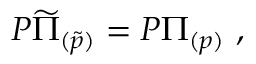
{ \cal P } \widetilde \Pi _ { ( \widetilde p ) } = { \cal P } \Pi _ { ( p ) } \ ,